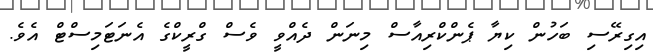
އިގިރޭސި ބަހުން ކިޔާ ޕެންކްރިއާސް މިނަން ދެއްވީ ވެސް ގްރީކްގެ އެނަޓަމިސްޓް އެވެ.